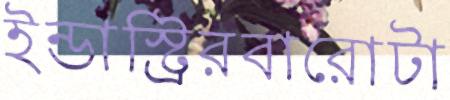
ইন্ডাস্ট্রিরবারোটা